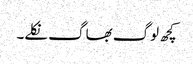
کچھ لوگ بھاگ نکلے۔